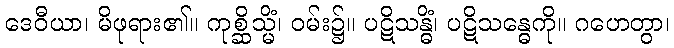
ဒေဝီယာ၊ မိဖုရား၏။ ကုစ္ဆိသ္မိံ၊ ဝမ်း၌။ ပဋိသန္ဓိံ၊ ပဋိသန္ဓေကို။ ဂဟေတွာ၊